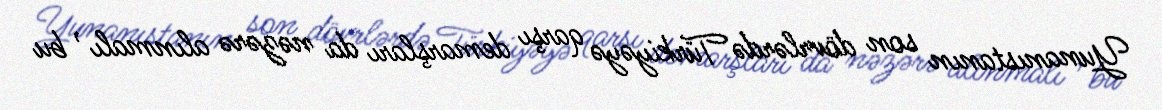
Yunanıstanın son dövrlərdə Türkiyəyə qarşı demarşları da nəzərə alınmalı , bu